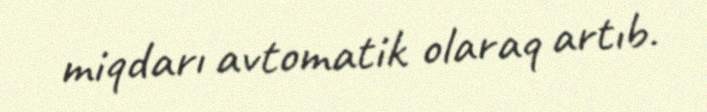
miqdarı avtomatik olaraq artıb.